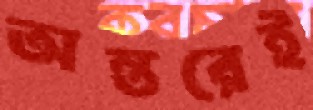
অন্তরেই